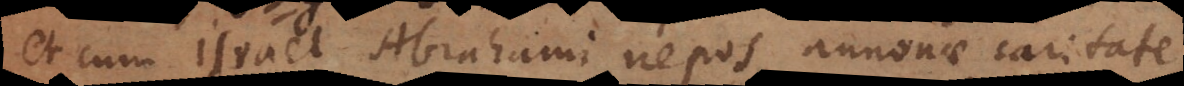
cum Israel Abrahami nepos annonae caritate